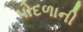
પોદળાની